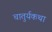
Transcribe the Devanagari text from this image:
चातुर्यकथा